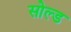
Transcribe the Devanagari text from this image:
सोल्‍ड